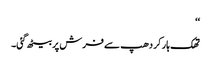
‘‘
تھک ہار کر دھپ سے فرش پر بیٹھ گئی۔